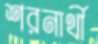
শরনার্থী